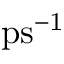
\mathrm { p s ^ { - 1 } }